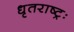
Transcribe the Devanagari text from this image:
धृतराष्ट्रः